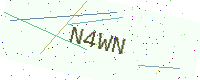
Text: N4WN